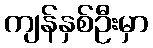
ကျန်နှစ်ဦးမှာ